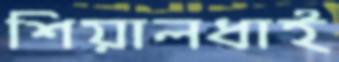
শিয়ালধাই